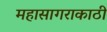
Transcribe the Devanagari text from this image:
महासागराकाठी